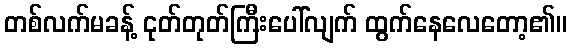
တစ်လက်မခန့် ငုတ်တုတ်ကြီးပေါ်လျက် ထွက်နေလေတော့၏။